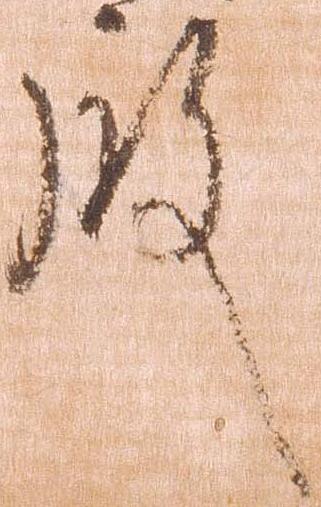
殿